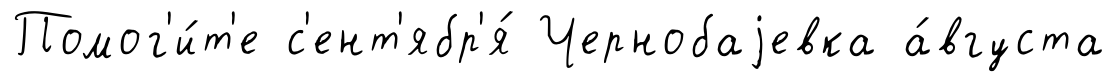
Помог'и́т'е с'ент'ябр'я́ Чернобаjевка а́вгуста